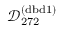
\mathcal { D } _ { 2 7 2 } ^ { ( \mathrm { d b d } 1 ) }